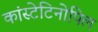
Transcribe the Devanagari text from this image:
कांस्टेटिनोपिल